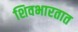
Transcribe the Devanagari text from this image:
शिवभारतात